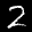
Label: 2